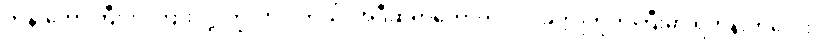
ဘုန်းတော်ကြီးက ကြားလို့ ကြွလာပါတယ်၊ အဲဒီဆရာတော်ကလဲ ပခုက္ကူတိုက်ကြီးမှာ ရဟန်းကလေး